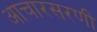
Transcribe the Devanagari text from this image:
आचारसरणी